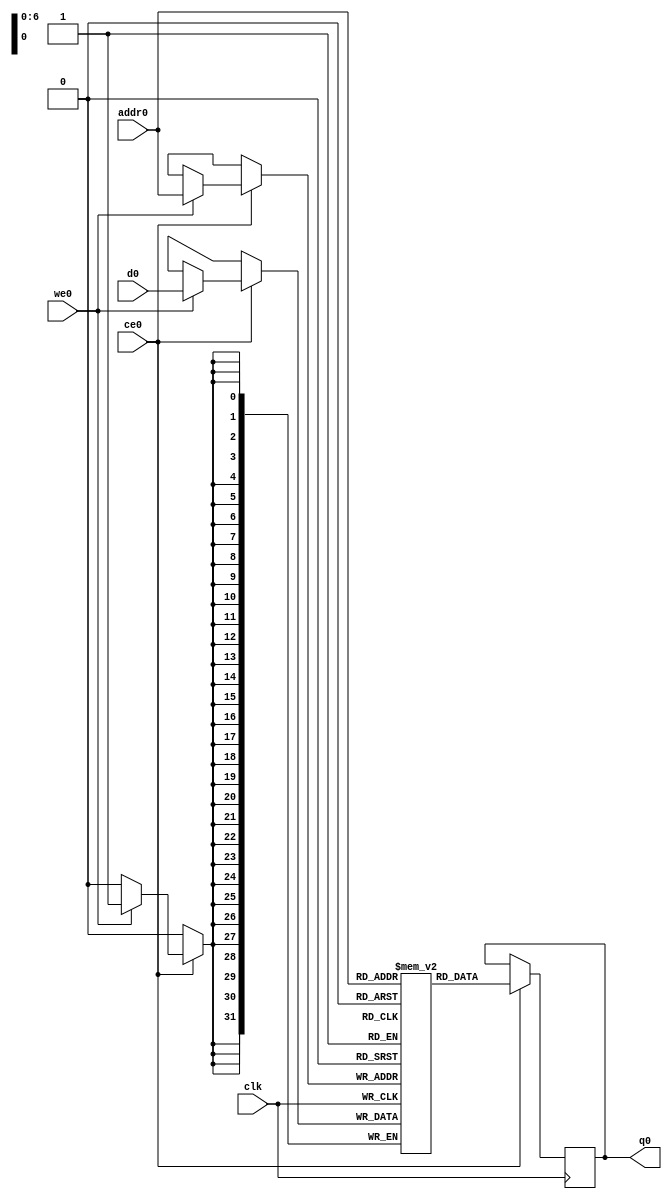
// ==============================================================
// Vivado(TM) HLS - High-Level Synthesis from C, C++ and SystemC v2019.1 (64-bit)
// Copyright 1986-2019 Xilinx, Inc. All Rights Reserved.
// ==============================================================
`timescale 1 ns / 1 ps
module Prediction_o_fc2_ram (addr0, ce0, d0, we0, q0,  clk);

parameter DWIDTH = 32;
parameter AWIDTH = 7;
parameter MEM_SIZE = 84;

input[AWIDTH-1:0] addr0;
input ce0;
input[DWIDTH-1:0] d0;
input we0;
output reg[DWIDTH-1:0] q0;
input clk;

(* ram_style = "block" *)reg [DWIDTH-1:0] ram[0:MEM_SIZE-1];




always @(posedge clk)  
begin 
    if (ce0) 
    begin
        if (we0) 
        begin 
            ram[addr0] <= d0; 
        end 
        q0 <= ram[addr0];
    end
end


endmodule

`timescale 1 ns / 1 ps
module Prediction_o_fc2(
    reset,
    clk,
    address0,
    ce0,
    we0,
    d0,
    q0);

parameter DataWidth = 32'd32;
parameter AddressRange = 32'd84;
parameter AddressWidth = 32'd7;
input reset;
input clk;
input[AddressWidth - 1:0] address0;
input ce0;
input we0;
input[DataWidth - 1:0] d0;
output[DataWidth - 1:0] q0;



Prediction_o_fc2_ram Prediction_o_fc2_ram_U(
    .clk( clk ),
    .addr0( address0 ),
    .ce0( ce0 ),
    .we0( we0 ),
    .d0( d0 ),
    .q0( q0 ));

endmodule